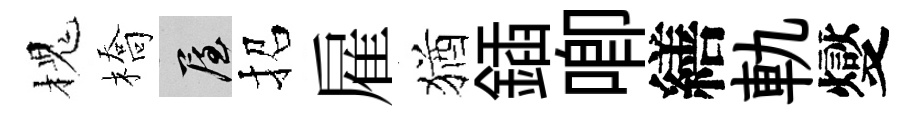
槐橋屋招雇猶鍤唧繕軌燮